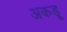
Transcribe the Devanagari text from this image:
अकडू